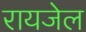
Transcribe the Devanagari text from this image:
रायजेल